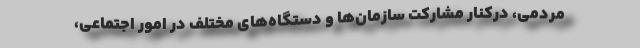
مردمی، درکنار مشارکت سازمان‌ها و دستگاه‌های مختلف در امور اجتماعی،